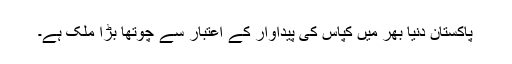
پاکستان دنیا بھر میں کپاس کی پیداوار کے اعتبار سے چوتھا بڑا ملک ہے۔